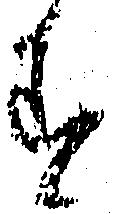
す